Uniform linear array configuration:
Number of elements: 64
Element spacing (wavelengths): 0.25
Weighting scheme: binomial
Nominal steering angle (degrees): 15
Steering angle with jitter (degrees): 16.102
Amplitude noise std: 0.05
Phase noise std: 0.05

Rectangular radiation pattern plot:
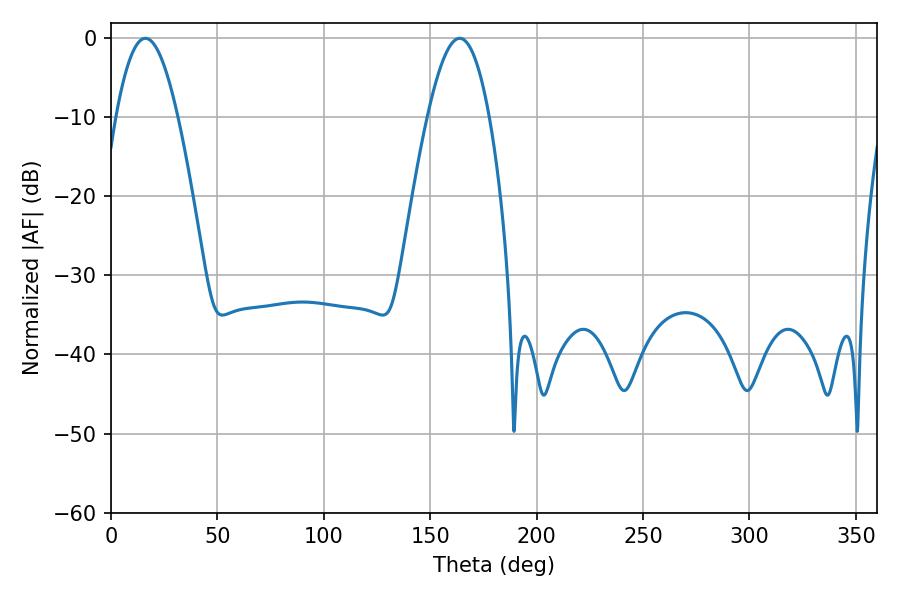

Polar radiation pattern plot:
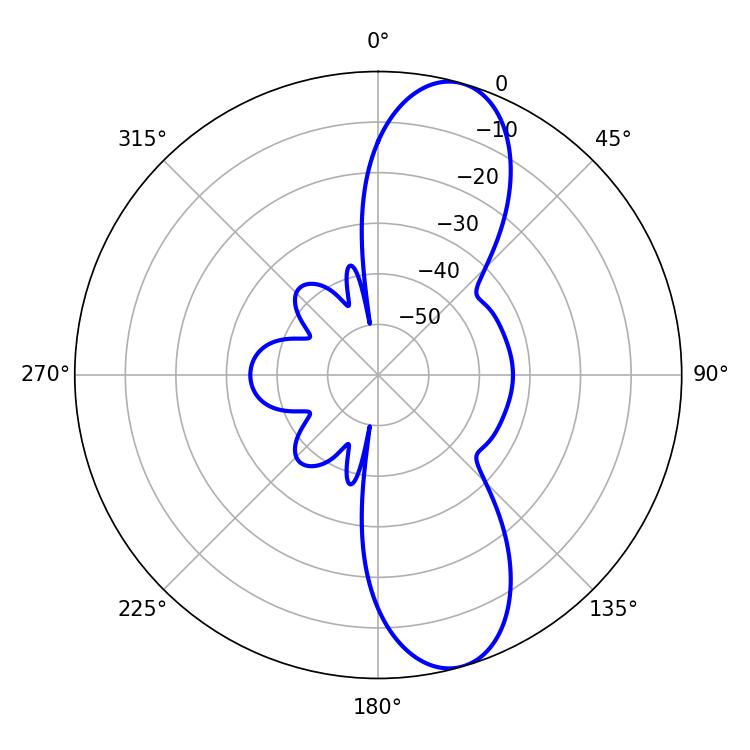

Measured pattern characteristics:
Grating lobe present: FALSE
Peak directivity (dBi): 10.727
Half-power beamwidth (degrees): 15.84
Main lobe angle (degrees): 16.2